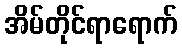
အိမ်တိုင်ရာရောက်